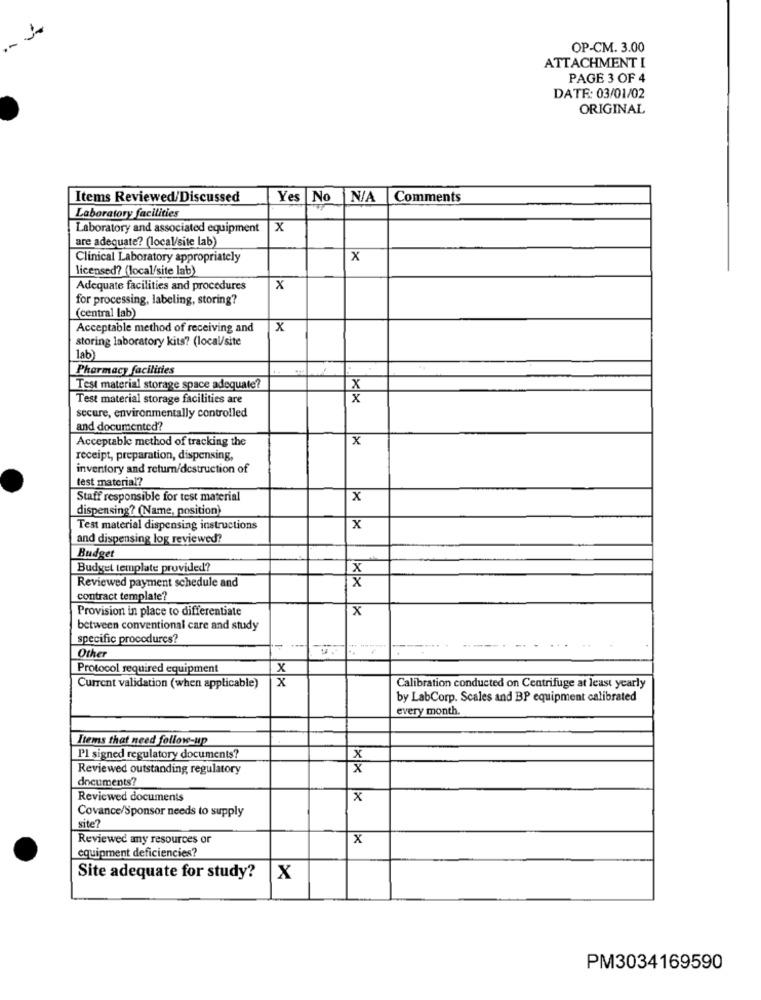
OP-CM. 3.00
ATTACHMENT I
PAGE 3 OF 4
DATE: 03/01/02
ORIGINAL
Items Reviewed/Discussed
Yes No
Comments
Laboratory facilities
Laboratory and associated equipment
X
are adequate? (local/site lab)
Clinical Laboratory appropriately
x
licensed? (local/site lab)
Adequate facilities and procedures
x
for processing, labeling, storing?
(central lab)
Acceptable method of receiving and
x
storing laboratory kits? (local/site
lab)
Pharmacy facilities
Test material storage space adequate?
X
Test material storage facilities are
x
secure, environmentally controlled
and documented?
Acceptable method of tracking the
x
receipt, preparation, dispensing,
inventory and return/destruction of
test material?
Staff responsible for test material
x
dispensing? (Name, position)
Test material dispensing instructions
X
and dispensing log reviewed?
Budget
Budget template provided?
X
x
Reviewed payment schedule and
contract template?
Provision in place to differentiate
x
between conventional care and study
specific procedures?
1-
Other
Protocol required equipment
x
x
Current validation (when applicable)
Calibration conducted on Centrifuge at least yearly
by LabCorp. Scales and BP equipment calibrated
every month.
Items that need follow-up
Pl signed regulatory documents?
x
Reviewed outstanding regulatory
x
documents?
Reviewed documents
x
Covance/Sponsor needs to supply
site?
Reviewed any resources or
X
equipment deficiencies?
Site adequate for study?
X
PM3034169590